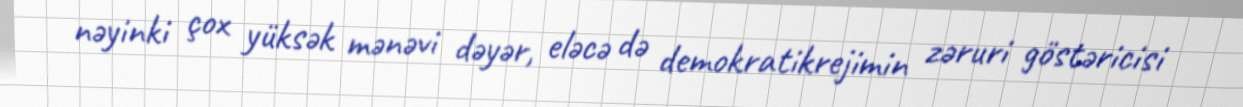
nəyinki çox yüksək mənəvi dəyər, eləcə də demokratikrejimin zəruri göstəricisi